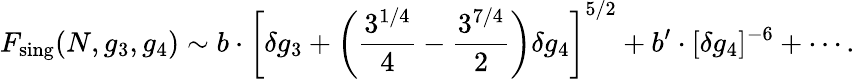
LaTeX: F_{\mathrm{sing}}(N,g_{3},g_{4})\sim b\cdot\left[\delta g_{3}+\left(\frac{3^{1/4}}{4}-\frac{3^{7/4}}{2}\right)\delta g_{4}\right]^{5/2}+b^{\prime}\cdot[\delta g_{4}]^{-6}+\cdots.